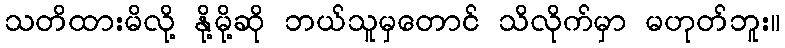
သတိထားမိလို့ နို့မို့ဆို ဘယ်သူမှတောင် သိလိုက်မှာ မဟုတ်ဘူး။